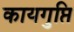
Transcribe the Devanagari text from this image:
कायगुप्ति